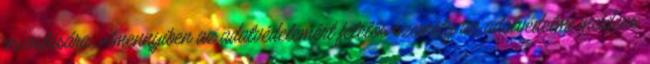
orvoslására. Amennyiben az adatvédelemért felelős személy az adatvédelmi incidens